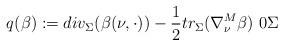
LaTeX: \begin{align*} q(\beta):= div_{\Sigma} (\beta(\nu, \cdot)) -\frac{1}{2}tr_{\Sigma}(\nabla^M_{\nu}\beta)\ 0 \Sigma \end{align*}